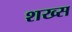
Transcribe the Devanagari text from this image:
शख्‍स